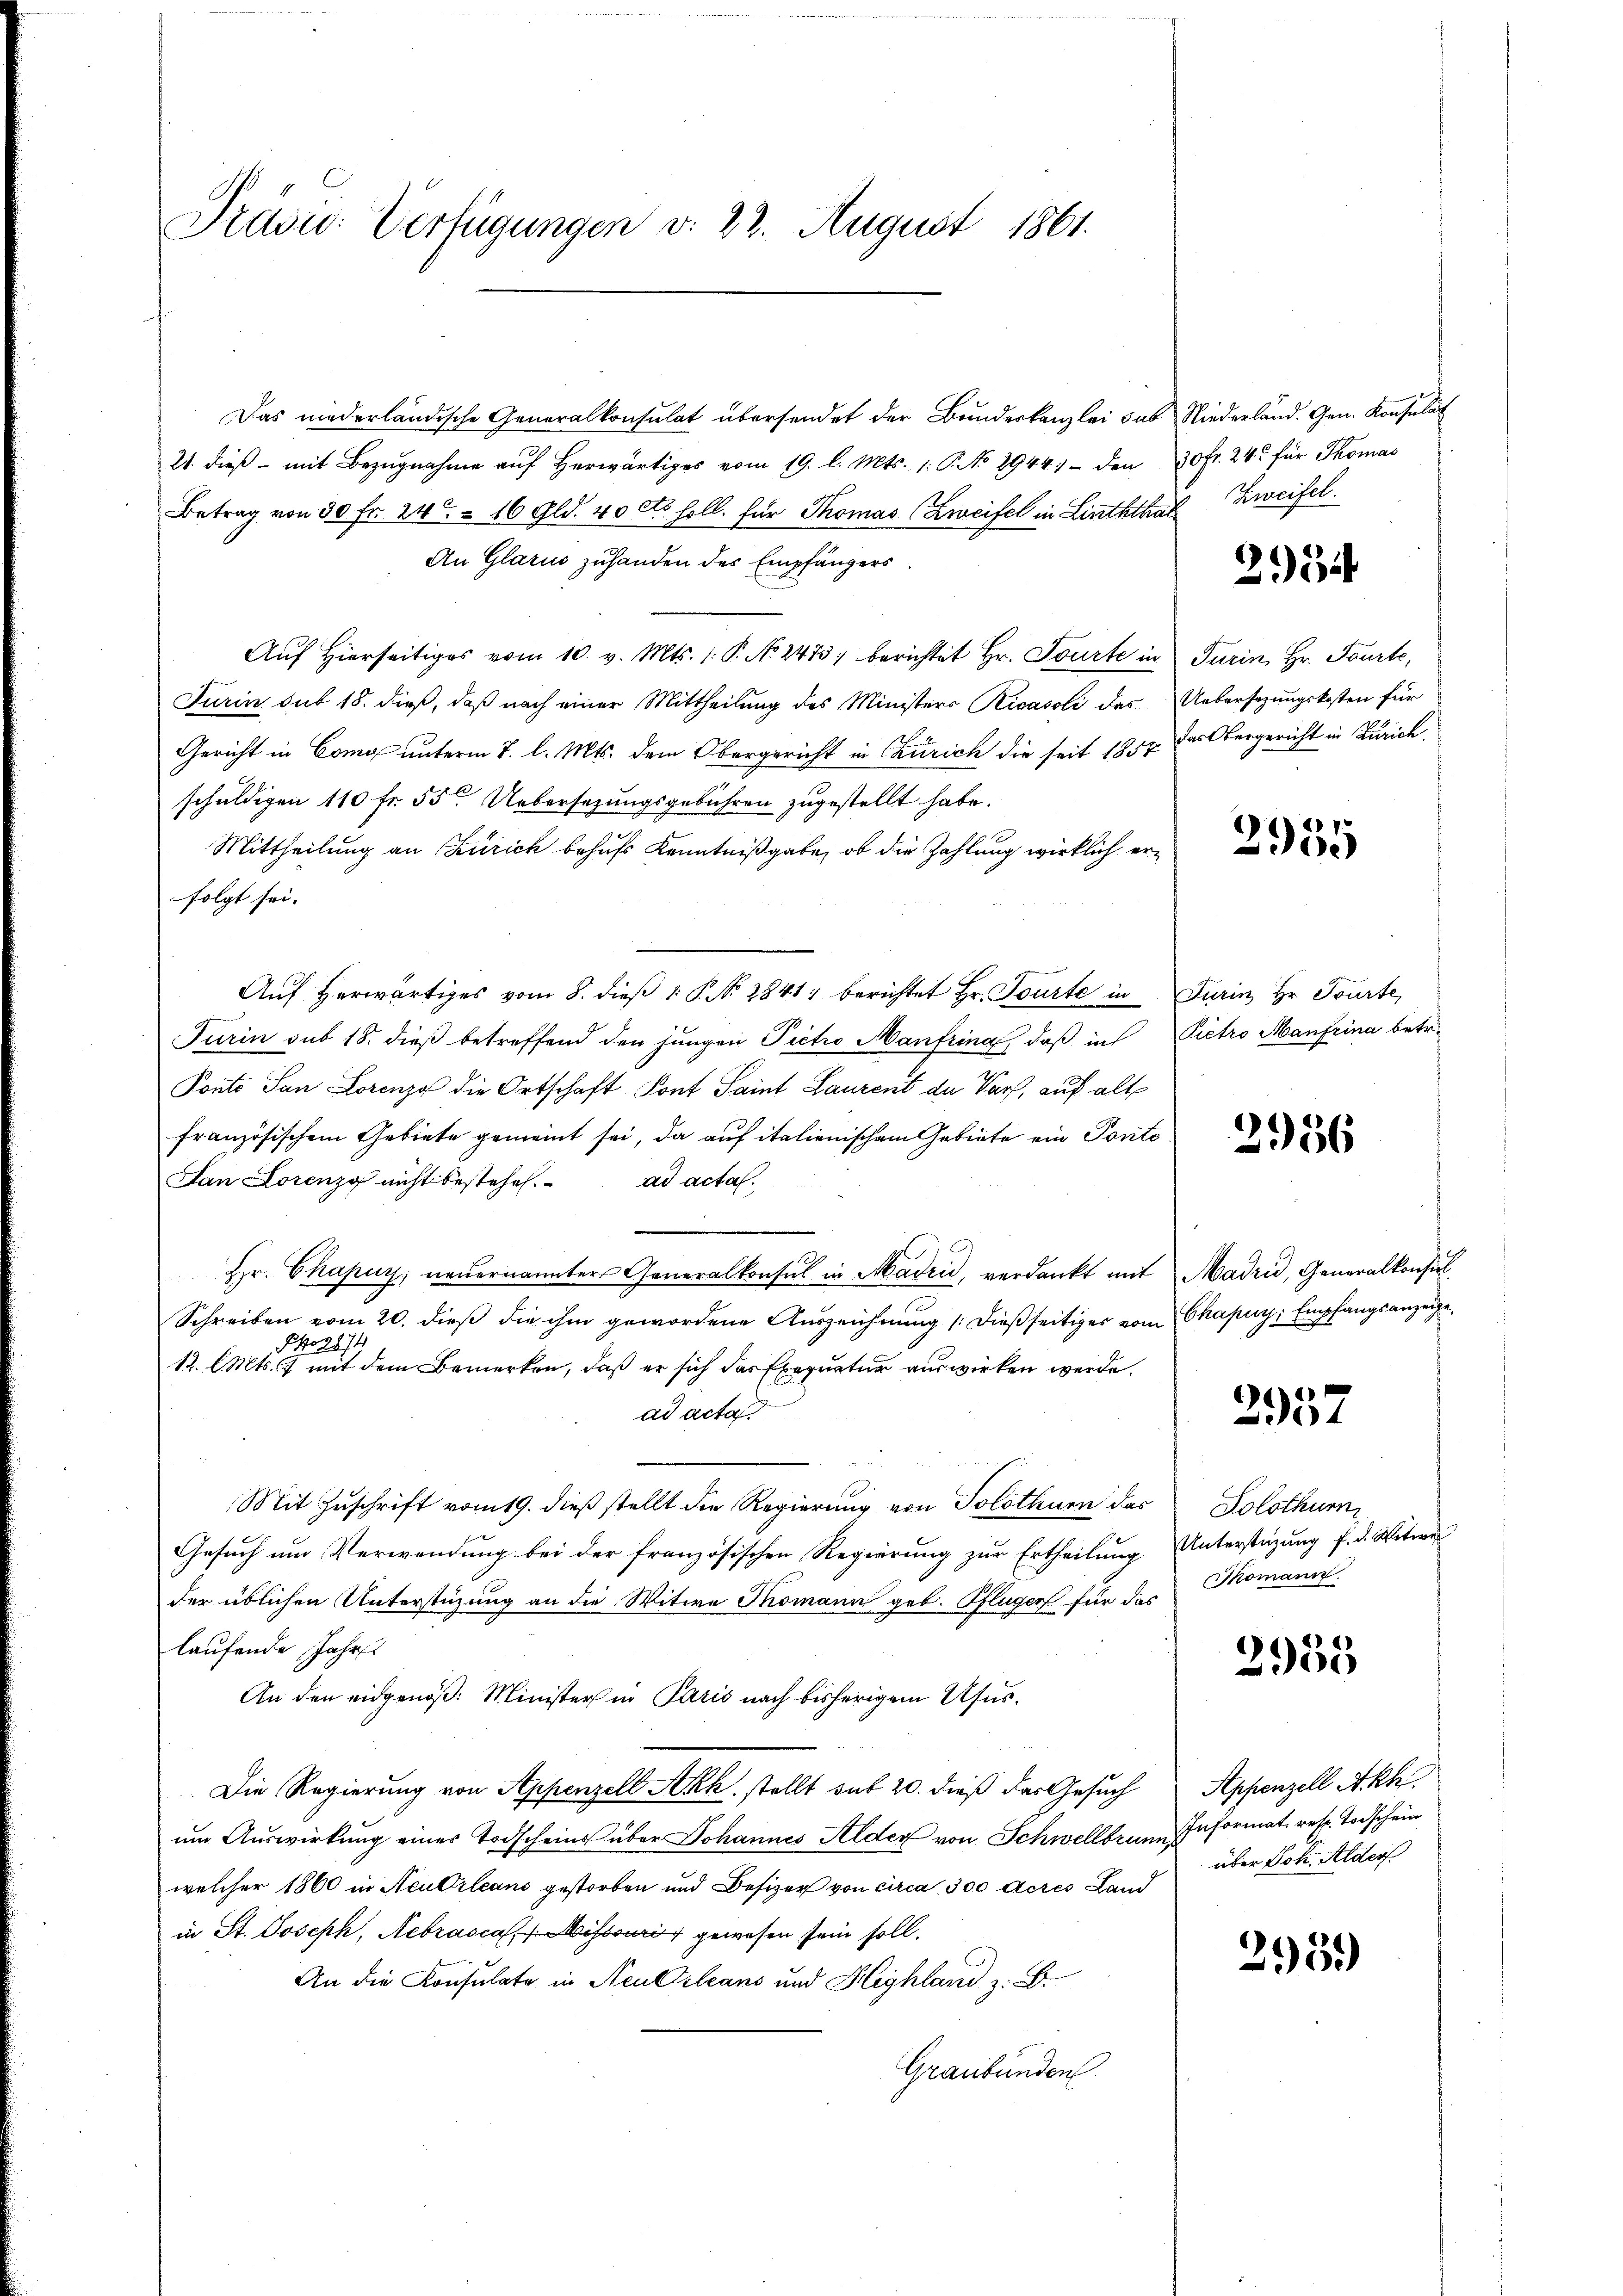
Präsid. Verfügungen v. 22. August 1861.

Das niederländische Generalkonsulat übersendet der Bundeskanzlei sub
21. dieβ - mit Bezŭgnahme aŭf herwärtiges vom 19. l. Mts. 1: P. No 2944) - den
Betrag von 30 fr. 24t 16 Gld. 40 cts soll. für Thomas (Zweifel in Linththar
An Glarus zuhanden des Empfängers
Auf Hierseitiges vom 10. v. Mts. 1. P. No 2475; berichtet Hr. Tourte in
Jurin sub 18. dieß, daß nach einer Mittheilung des Ministers Ricasoli das
Gericht in Como unterm 7. l. Mts. dem Obergericht in Czurich die seit 1857
schuldigen 110 fr. 55. Uebersatzungsgebühren zugestellt habe.
Mittheilung an Zürich behufs Kenntnißgabe, ob die Zahlung wirklich erfolgt sei.
Auf herwärtiges vom 8. dieß 1 P. No 2841, berichtet Hr. Tourte in
Turin sub 18. dieß betreffend den jungen Pietro Manfrina, daß in
Ponto San Lorenz die Ortschaft Pont Saint Laurent de Varf, auf alte
französischem Gebiete gemeint sei, da auf italienischem Gebiete ein Ponto¬
San Lorenzo nicht bestehen. ad acta.
Hr. Chapur, neuernannter Generalkonsul in Madrić, verdankt mit Madrid, Generalkonsul
Schreiben vom 20. dieß die ihm gewordene Auszeichnung /:dießseitiges vom Chapuy Empfangsanzeige¬
Po2874
12. l. Mts. 7 mit dem Bemerken, daß er sich das Exequatur auswirken werde.
ad acta
Mit Zuschrift vom 19. dieß stellt die Regierung von Solothurn das
Gesuch um Verwendung bei der französischen Regierung zur Ertheilung
der üblichen Unterstüzung an die Witwe Thomann geb. Pflüger für das Thomann
laufende Jahr
An den eidgenöß: Minister in Paris nach bisherigem Usus¬
Die Regierung von Appenzell Akk. stellt sub 20. dieß das Gesuch
um Auswirkung einer Todscheins über Johannes Alder von Schwellbrunn Informat. resp. Todschein
welcher 1860 in Neutrleans gestorben und Besizer von circa 300 Aczes Land
in St. Joseph, Nebracca, ihr gewesen sein soll.
An die Konsulate in Neu Orleans und Highland z. B.
Graubünden

Niederland. Gen. Konsulat
30fr. 24. für Thomas
 Zweifel.

2114

Turin, Hr. Tourte,
Uebersezungskosten für
das Obergericht in Zürich.

2955

Jurin Hr. Tourte,
Pietro Manfrina betr.

2956

2957

Solothurn
Unterstüzung f. d. Witwe

2955

Appenzell Akh
über Joh. Alder

295.